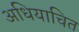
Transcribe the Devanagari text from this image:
अधियाचित